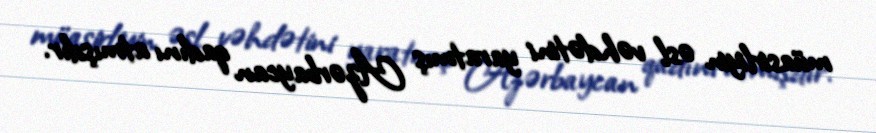
müasirliyin əsl vəhdətini yaratmış Azərbaycan qadını atmışdır.